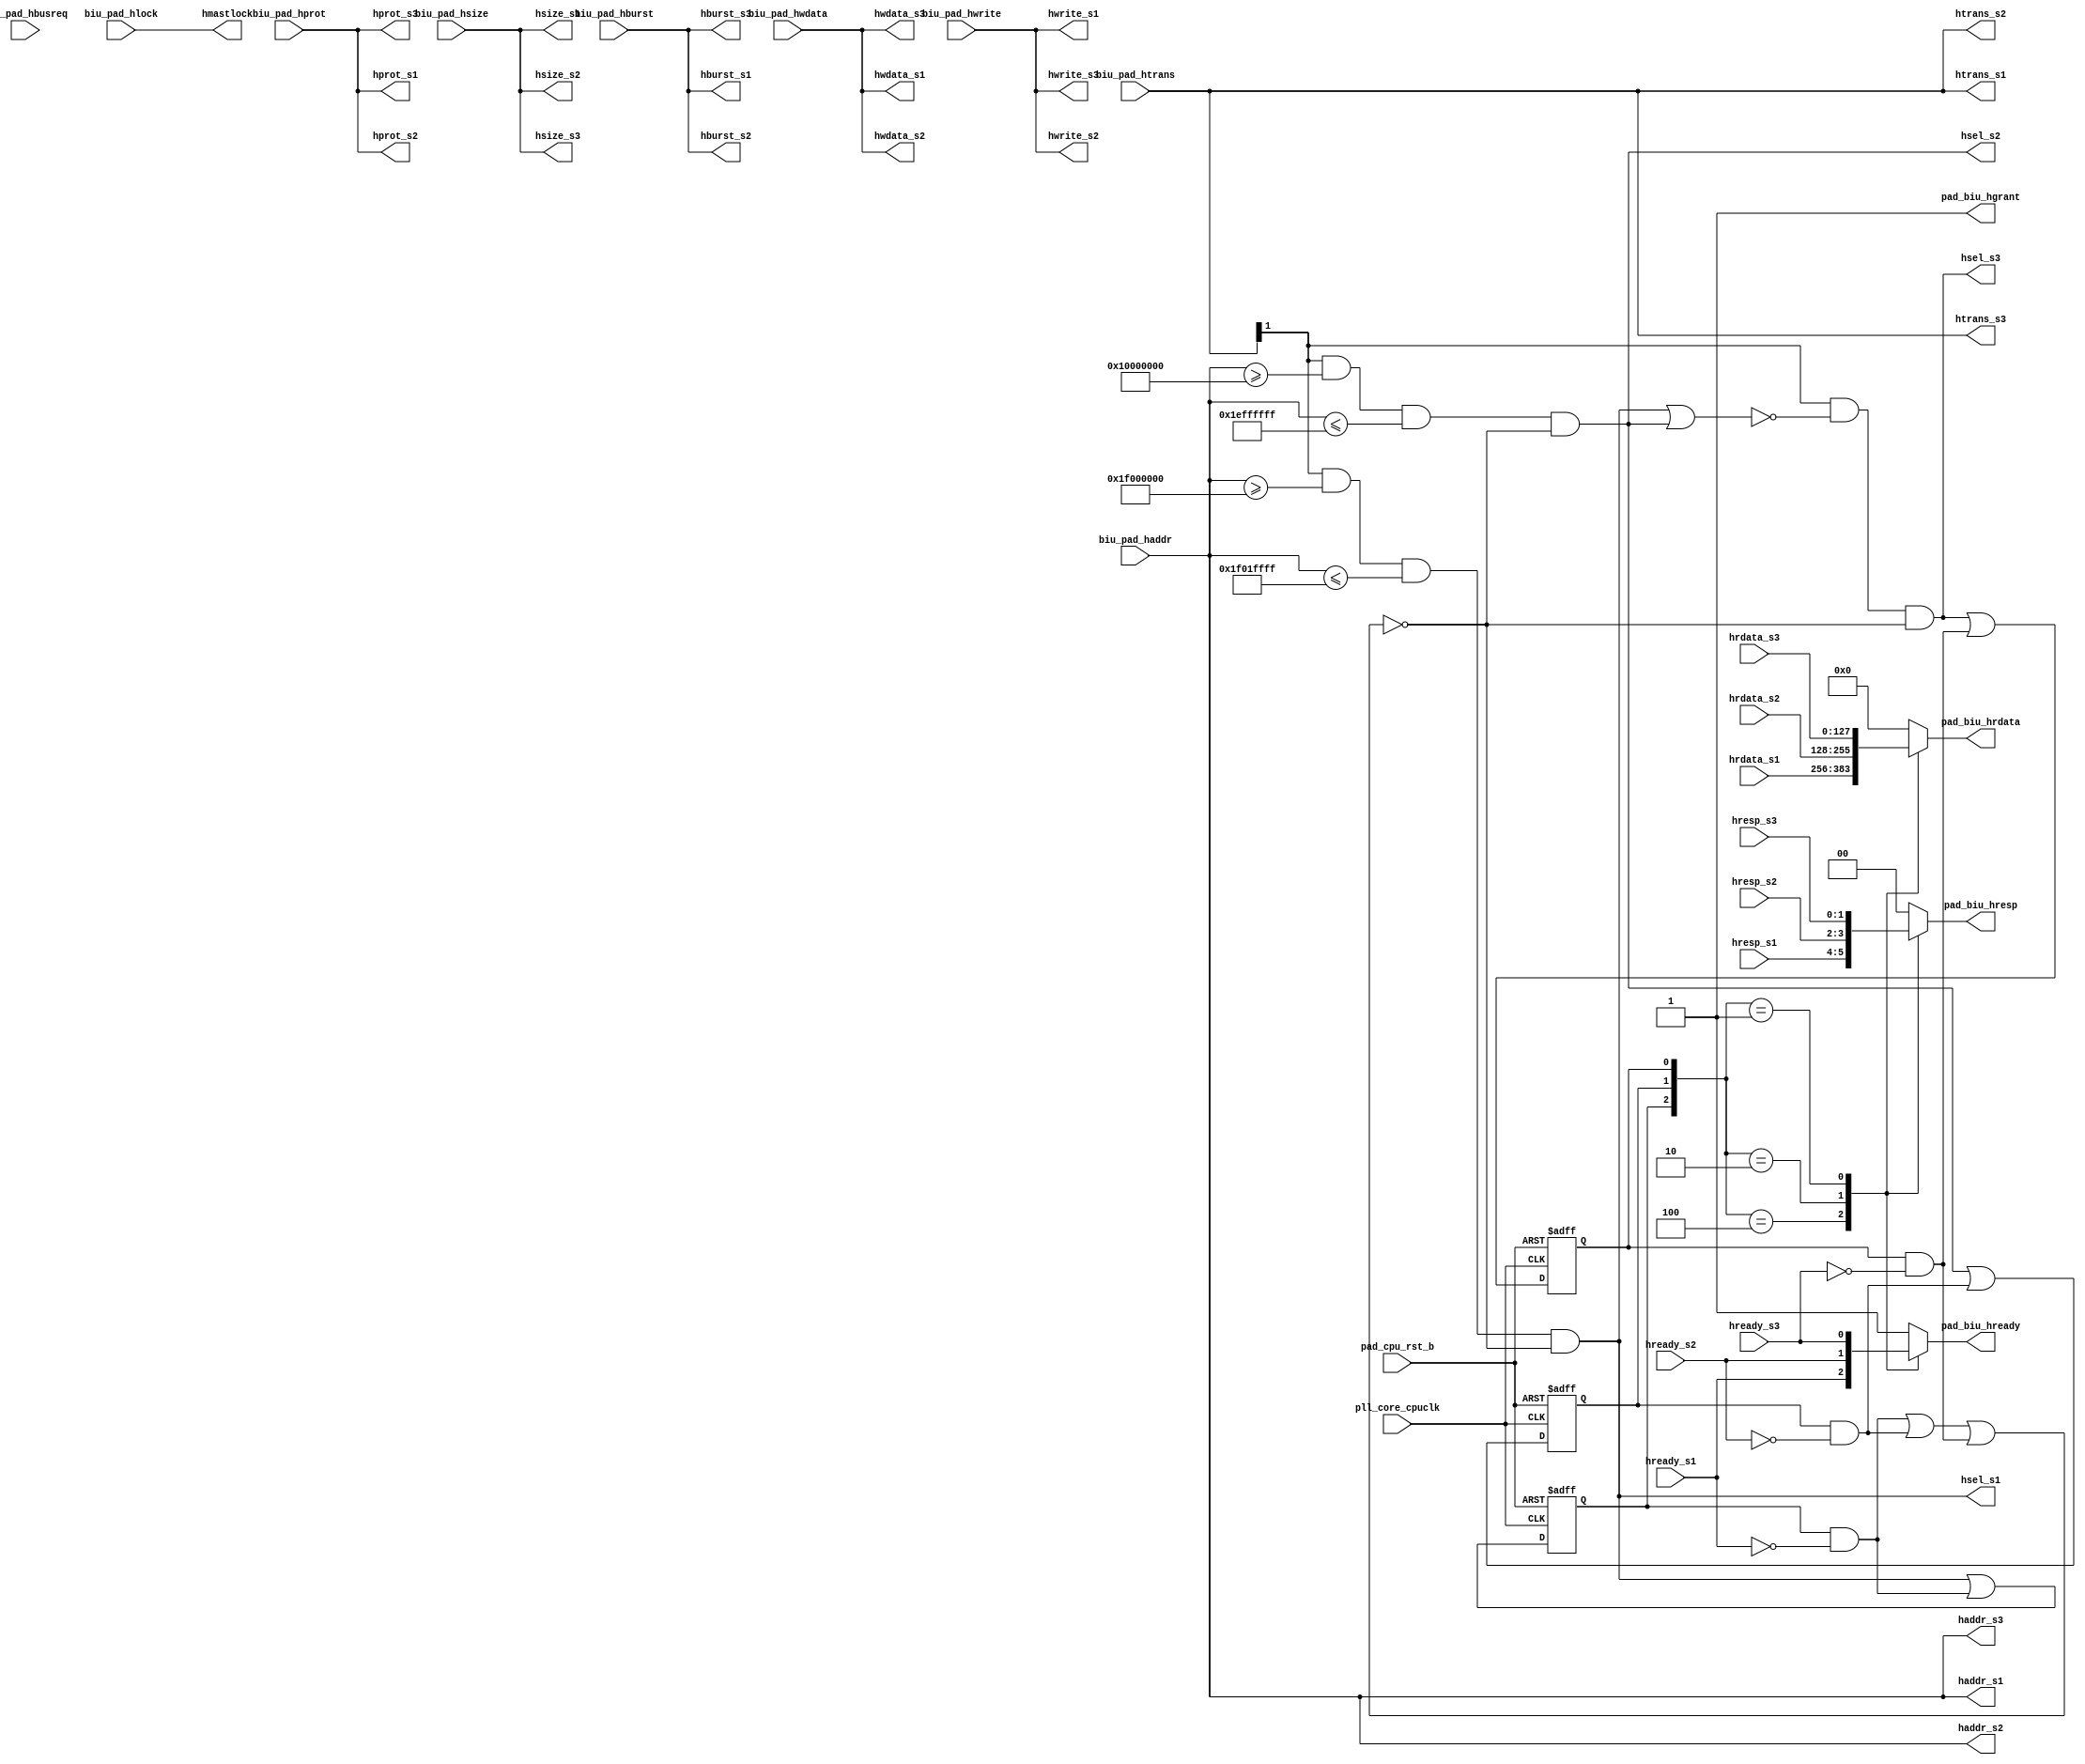
/*Copyright 2019-2021 T-Head Semiconductor Co., Ltd.

Licensed under the Apache License, Version 2.0 (the "License");
you may not use this file except in compliance with the License.
You may obtain a copy of the License at

    http://www.apache.org/licenses/LICENSE-2.0

Unless required by applicable law or agreed to in writing, software
distributed under the License is distributed on an "AS IS" BASIS,
WITHOUT WARRANTIES OR CONDITIONS OF ANY KIND, either express or implied.
See the License for the specific language governing permissions and
limitations under the License.
*/






















`define S1_BASE_START 32'h1f000000
`define S1_BASE_END   32'h1f01ffff

`define S2_BASE_START 32'h10000000
`define S2_BASE_END   32'h1effffff




module ahb(
  biu_pad_haddr,
  biu_pad_hburst,
  biu_pad_hbusreq,
  biu_pad_hlock,
  biu_pad_hprot,
  biu_pad_hsize,
  biu_pad_htrans,
  biu_pad_hwdata,
  biu_pad_hwrite,
  haddr_s1,
  haddr_s2,
  haddr_s3,
  hburst_s1,
  hburst_s2,
  hburst_s3,
  hmastlock,
  hprot_s1,
  hprot_s2,
  hprot_s3,
  hrdata_s1,
  hrdata_s2,
  hrdata_s3,
  hready_s1,
  hready_s2,
  hready_s3,
  hresp_s1,
  hresp_s2,
  hresp_s3,
  hsel_s1,
  hsel_s2,
  hsel_s3,
  hsize_s1,
  hsize_s2,
  hsize_s3,
  htrans_s1,
  htrans_s2,
  htrans_s3,
  hwdata_s1,
  hwdata_s2,
  hwdata_s3,
  hwrite_s1,
  hwrite_s2,
  hwrite_s3,
  pad_biu_hgrant,
  pad_biu_hrdata,
  pad_biu_hready,
  pad_biu_hresp,
  pad_cpu_rst_b,
  pll_core_cpuclk
);


input   [39 :0]  biu_pad_haddr;  
input   [2  :0]  biu_pad_hburst; 
input            biu_pad_hbusreq; 
input            biu_pad_hlock;  
input   [3  :0]  biu_pad_hprot;  
input   [2  :0]  biu_pad_hsize;  
input   [1  :0]  biu_pad_htrans; 
input   [127:0]  biu_pad_hwdata; 
input            biu_pad_hwrite; 
input   [127:0]  hrdata_s1;      
input   [127:0]  hrdata_s2;      
input   [127:0]  hrdata_s3;      
input            hready_s1;      
input            hready_s2;      
input            hready_s3;      
input   [1  :0]  hresp_s1;       
input   [1  :0]  hresp_s2;       
input   [1  :0]  hresp_s3;       
input            pad_cpu_rst_b;  
input            pll_core_cpuclk; 
output  [39 :0]  haddr_s1;       
output  [39 :0]  haddr_s2;       
output  [39 :0]  haddr_s3;       
output  [2  :0]  hburst_s1;      
output  [2  :0]  hburst_s2;      
output  [2  :0]  hburst_s3;      
output           hmastlock;      
output  [3  :0]  hprot_s1;       
output  [3  :0]  hprot_s2;       
output  [3  :0]  hprot_s3;       
output           hsel_s1;        
output           hsel_s2;        
output           hsel_s3;        
output  [2  :0]  hsize_s1;       
output  [2  :0]  hsize_s2;       
output  [2  :0]  hsize_s3;       
output  [1  :0]  htrans_s1;      
output  [1  :0]  htrans_s2;      
output  [1  :0]  htrans_s3;      
output  [127:0]  hwdata_s1;      
output  [127:0]  hwdata_s2;      
output  [127:0]  hwdata_s3;      
output           hwrite_s1;      
output           hwrite_s2;      
output           hwrite_s3;      
output           pad_biu_hgrant; 
output  [127:0]  pad_biu_hrdata; 
output           pad_biu_hready; 
output  [1  :0]  pad_biu_hresp;  


reg              busy_s1;        
reg              busy_s2;        
reg              busy_s3;        
reg     [127:0]  pad_biu_hrdata; 
reg              pad_biu_hready; 
reg     [1  :0]  pad_biu_hresp;  


wire             arb_block;      
wire    [39 :0]  biu_pad_haddr;  
wire    [2  :0]  biu_pad_hburst; 
wire             biu_pad_hlock;  
wire    [3  :0]  biu_pad_hprot;  
wire    [2  :0]  biu_pad_hsize;  
wire    [1  :0]  biu_pad_htrans; 
wire    [127:0]  biu_pad_hwdata; 
wire             biu_pad_hwrite; 
wire    [39 :0]  haddr_s1;       
wire    [39 :0]  haddr_s2;       
wire    [39 :0]  haddr_s3;       
wire    [2  :0]  hburst_s1;      
wire    [2  :0]  hburst_s2;      
wire    [2  :0]  hburst_s3;      
wire             hmastlock;      
wire    [3  :0]  hprot_s1;       
wire    [3  :0]  hprot_s2;       
wire    [3  :0]  hprot_s3;       
wire    [127:0]  hrdata_s1;      
wire    [127:0]  hrdata_s2;      
wire    [127:0]  hrdata_s3;      
wire             hready_s1;      
wire             hready_s2;      
wire             hready_s3;      
wire    [1  :0]  hresp_s1;       
wire    [1  :0]  hresp_s2;       
wire    [1  :0]  hresp_s3;       
wire             hsel_s1;        
wire             hsel_s2;        
wire             hsel_s3;        
wire    [2  :0]  hsize_s1;       
wire    [2  :0]  hsize_s2;       
wire    [2  :0]  hsize_s3;       
wire    [1  :0]  htrans_s1;      
wire    [1  :0]  htrans_s2;      
wire    [1  :0]  htrans_s3;      
wire    [127:0]  hwdata_s1;      
wire    [127:0]  hwdata_s2;      
wire    [127:0]  hwdata_s3;      
wire             hwrite_s1;      
wire             hwrite_s2;      
wire             hwrite_s3;      
wire             pad_biu_hgrant; 
wire             pad_cpu_rst_b;  
wire             pll_core_cpuclk; 
wire             pre_busy_s1;    
wire             pre_busy_s2;    
wire             pre_busy_s3;    


assign    pad_biu_hgrant       =    1'b1;
assign    hmastlock            =    biu_pad_hlock; 
assign    haddr_s1[39:0]       =    biu_pad_haddr[39:0];  
assign    hburst_s1[2:0]       =    biu_pad_hburst[2:0]; 
assign    hprot_s1[3:0]        =    biu_pad_hprot[3:0];  
assign    hsize_s1[2:0]        =    biu_pad_hsize[2:0];  
assign    htrans_s1[1:0]       =    biu_pad_htrans[1:0]; 
assign    hwrite_s1            =    biu_pad_hwrite; 
assign    haddr_s2[39:0]       =    biu_pad_haddr[39:0];  
assign    hburst_s2[2:0]       =    biu_pad_hburst[2:0]; 
assign    hprot_s2[3:0]        =    biu_pad_hprot[3:0];  
assign    hsize_s2[2:0]        =    biu_pad_hsize[2:0];  
assign    htrans_s2[1:0]       =    biu_pad_htrans[1:0]; 
assign    hwrite_s2            =    biu_pad_hwrite; 
assign    haddr_s3[39:0]       =    biu_pad_haddr[39:0];  
assign    hburst_s3[2:0]       =    biu_pad_hburst[2:0]; 
assign    hprot_s3[3:0]        =    biu_pad_hprot[3:0];  
assign    hsize_s3[2:0]        =    biu_pad_hsize[2:0];  
assign    htrans_s3[1:0]       =    biu_pad_htrans[1:0]; 
assign    hwrite_s3            =    biu_pad_hwrite; 



assign    hwdata_s1[127:0]     =    biu_pad_hwdata[127:0]; 
assign    hwdata_s2[127:0]     =    biu_pad_hwdata[127:0]; 
assign    hwdata_s3[127:0]     =    biu_pad_hwdata[127:0]; 






assign    hsel_s1 = (biu_pad_htrans[1]==1'b1) && (biu_pad_haddr >= `S1_BASE_START) && (biu_pad_haddr <= `S1_BASE_END) && !arb_block;
assign    hsel_s2 = (biu_pad_htrans[1]==1'b1) && (biu_pad_haddr >= `S2_BASE_START) && (biu_pad_haddr <= `S2_BASE_END) && !arb_block;
assign    hsel_s3 = (biu_pad_htrans[1]==1'b1) && (!(hsel_s1 || hsel_s2)) && !arb_block;

assign    pre_busy_s1 = hsel_s1 || busy_s1 && !hready_s1;
assign    pre_busy_s2 = hsel_s2 || busy_s2 && !hready_s2;
assign    pre_busy_s3 = hsel_s3 || busy_s3 && !hready_s3;


always @(posedge pll_core_cpuclk or negedge pad_cpu_rst_b)
begin
  if(!pad_cpu_rst_b)begin
  busy_s1 <= 1'b0;
  busy_s2 <= 1'b0;
  busy_s3 <= 1'b0;
  end
  else begin
  busy_s1 <= pre_busy_s1;
  busy_s2 <= pre_busy_s2;
  busy_s3 <= pre_busy_s3;
  end
end

assign arb_block = busy_s1 && !hready_s1 ||
                   busy_s2 && !hready_s2 ||
                   busy_s3 && !hready_s3; 











always @( hresp_s3[1:0]
       or hresp_s1[1:0]
       or busy_s3
       or hrdata_s2[127:0]
       or hrdata_s1[127:0]
       or hready_s2
       or busy_s1
       or hrdata_s3[127:0]
       or hready_s3
       or hresp_s2[1:0]
       or busy_s2
       or hready_s1)
begin
  case({busy_s1,busy_s2,busy_s3})
    3'b100:
    begin
      pad_biu_hrdata[127:0] = hrdata_s1[127:0];
      pad_biu_hready        = hready_s1;
      pad_biu_hresp[1:0]    = hresp_s1[1:0];
    end
    3'b010:
    begin
      pad_biu_hrdata[127:0] = hrdata_s2[127:0];
      pad_biu_hready        = hready_s2;
      pad_biu_hresp[1:0]    = hresp_s2[1:0];
    end
    3'b001:
    begin 
      pad_biu_hrdata[127:0] = hrdata_s3[127:0];
      pad_biu_hready        = hready_s3;
      pad_biu_hresp[1:0]    = hresp_s3[1:0];
    end
    default:
    begin
      pad_biu_hrdata[127:0] = 128'b0;
      pad_biu_hready       = 1'b1;
      pad_biu_hresp[1:0]   = 2'b0;
    end
  endcase

end

endmodule